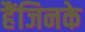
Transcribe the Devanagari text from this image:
हैंजिनके